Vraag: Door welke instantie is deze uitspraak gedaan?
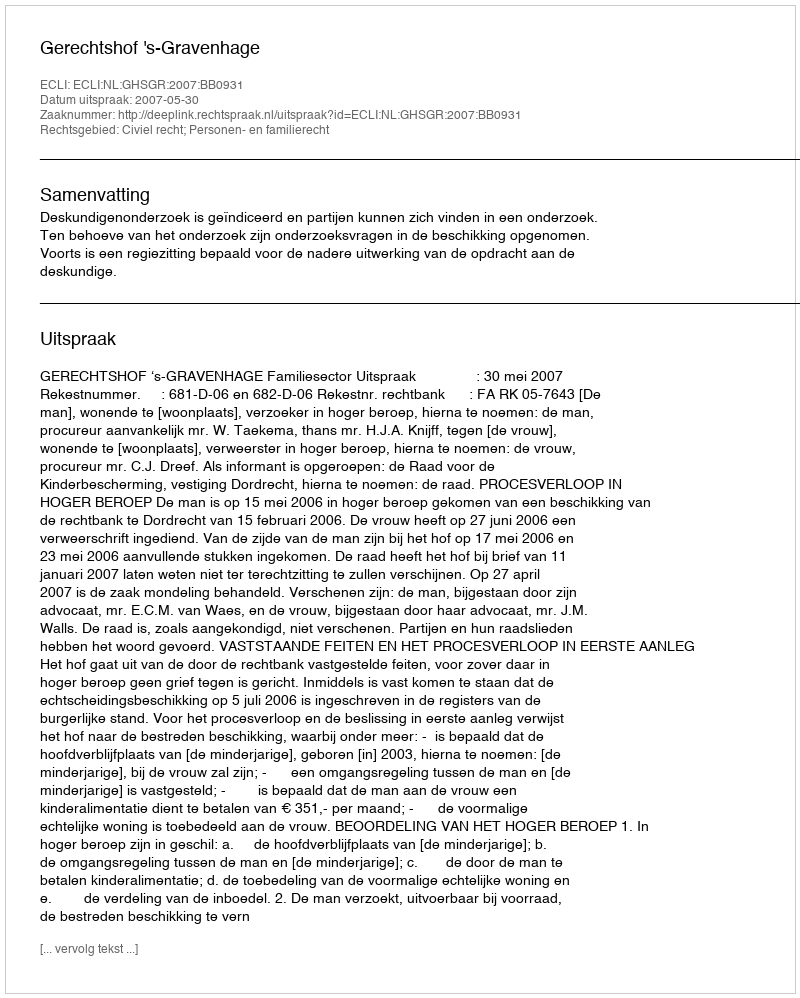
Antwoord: Gerechtshof 's-Gravenhage